Karksi_vallavalitsus, lk 108
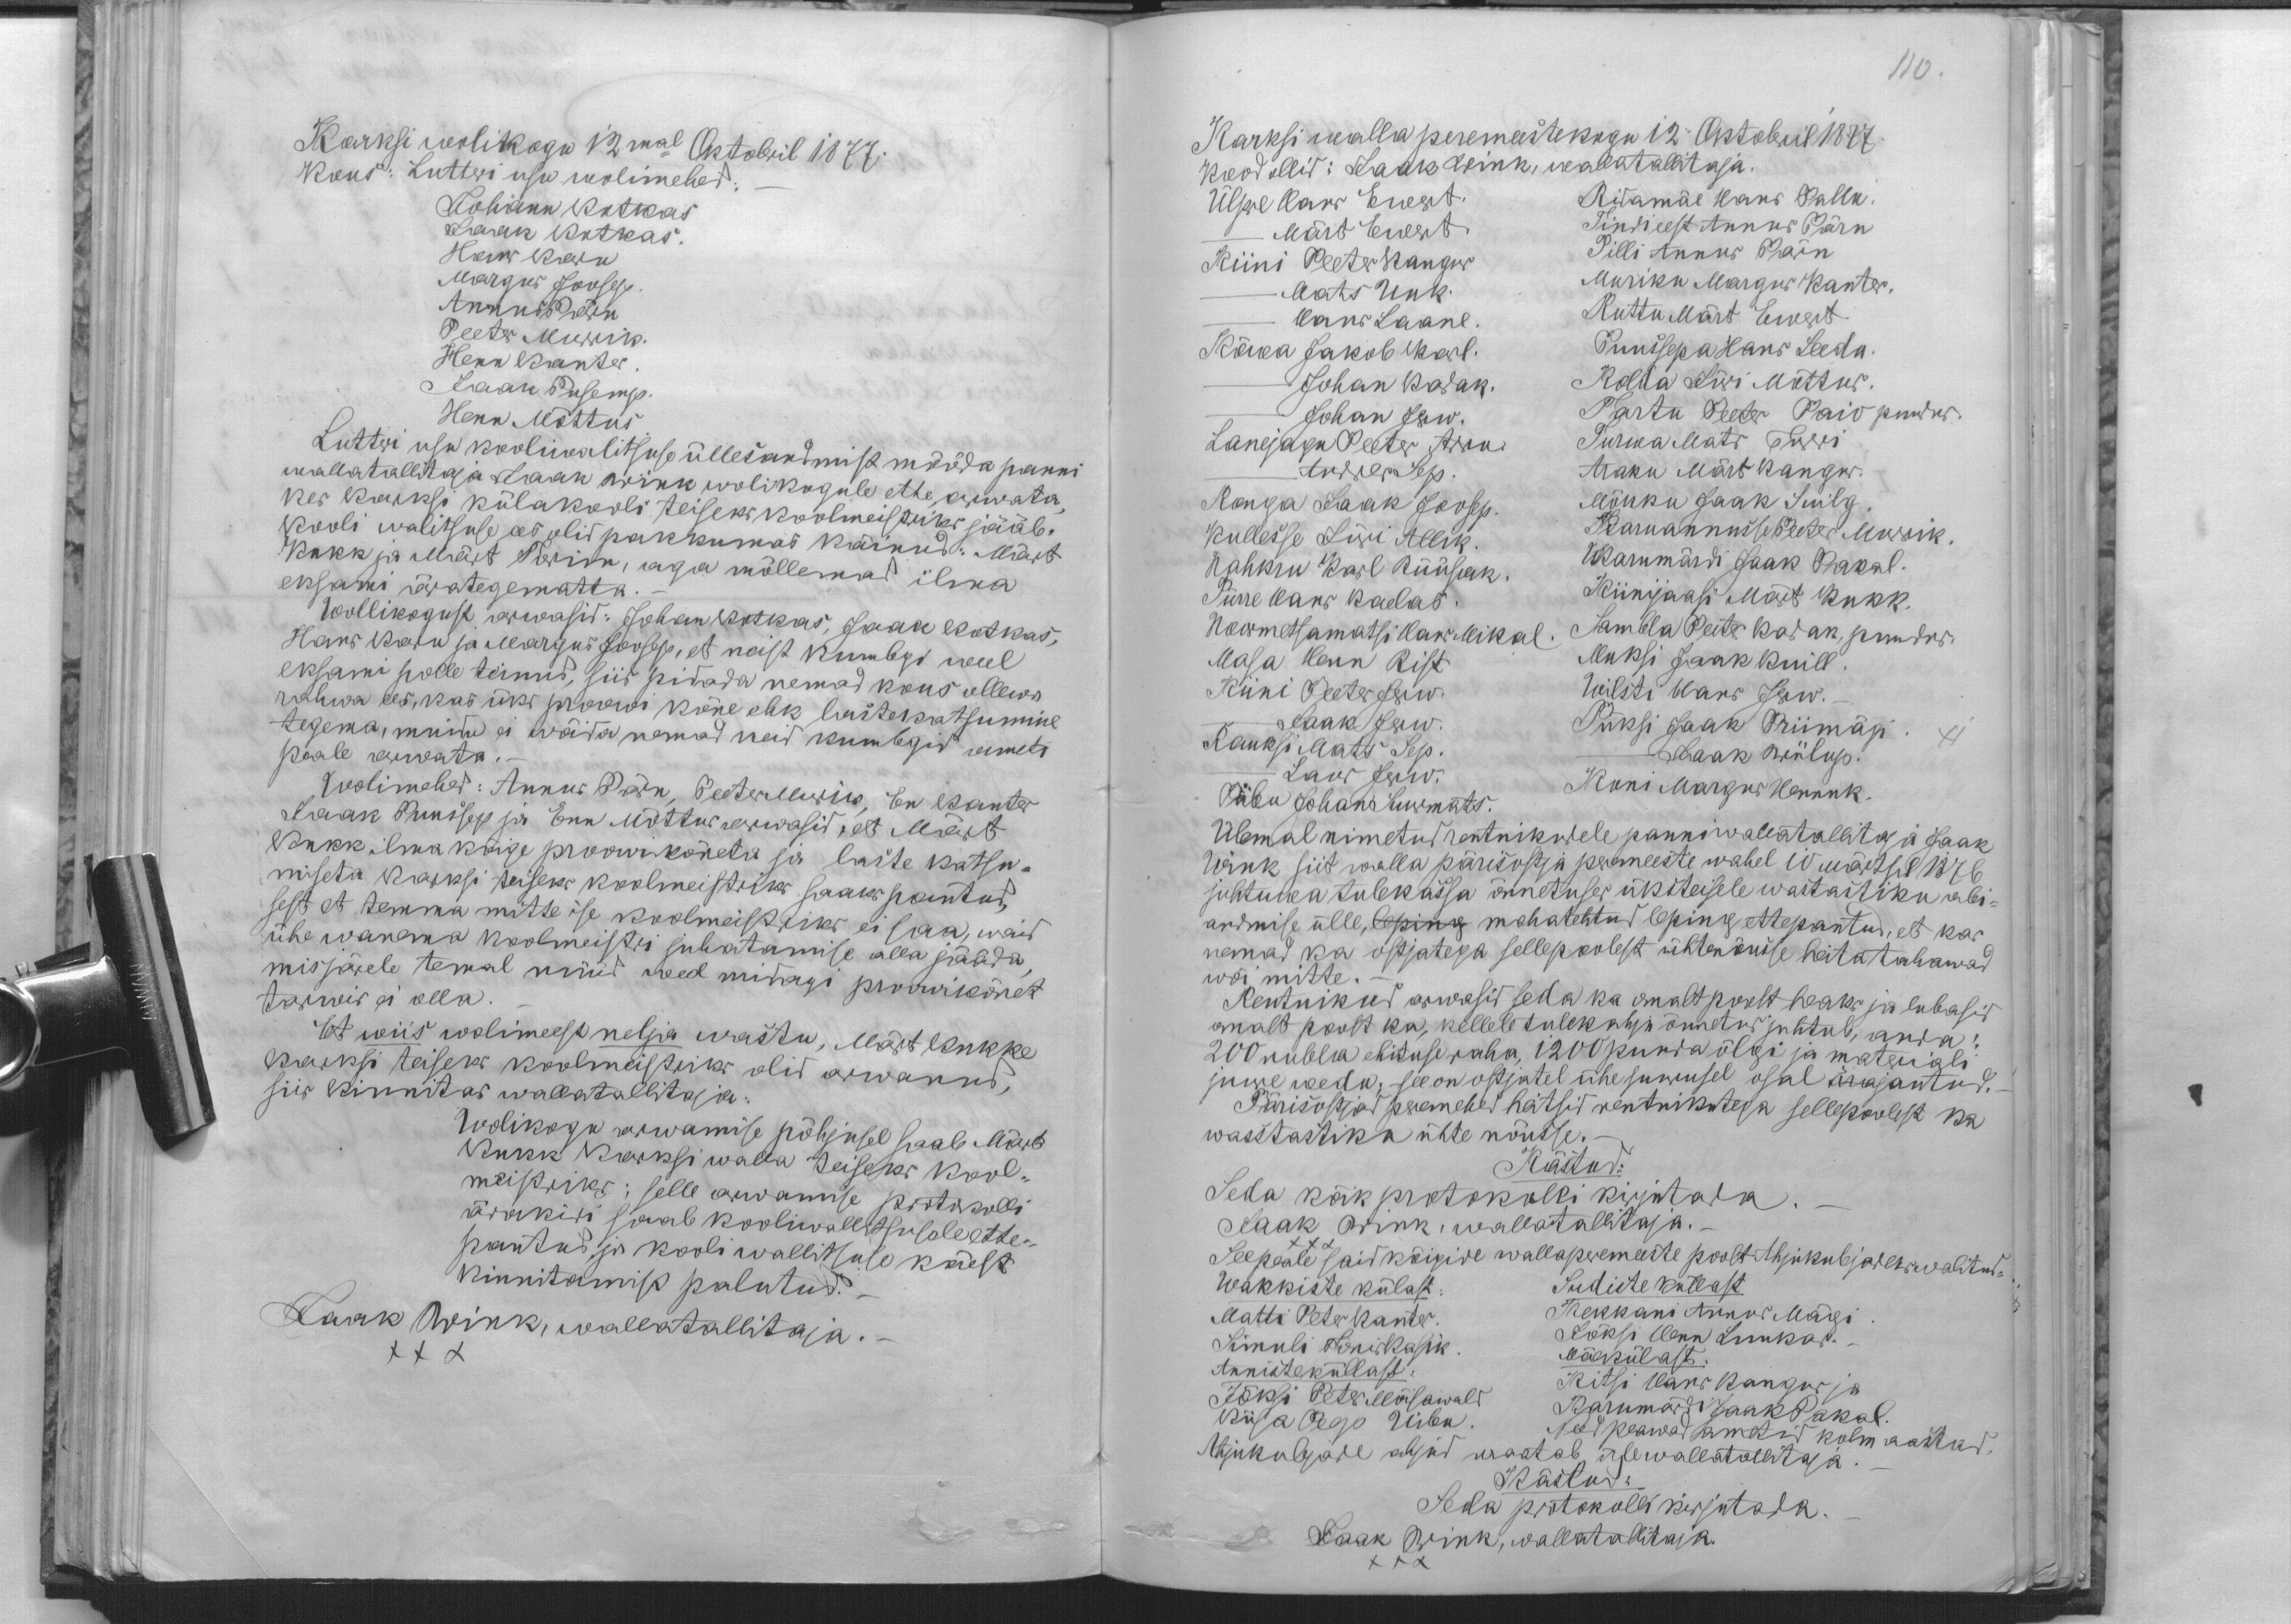
Karksi wolikogu 12mal Oktobril 1877.
Kous: Luttri usu wolimehed:
Johann Kotkas
Jaak Kotkas.
Hans Karu
Margus Joosep
Annus Pärn
Peetr Murrik
Henn Kanter
Jaan Pusemp
Henn Mõttus
Lutteri usu kooliwalitsuse üllesandmist mööda panni
wallatallitaja Jaak Wink wolikogule ette arwata
kes Karksi külakooli teiseks koolmeistriks jääb.
Kooli walitsuse ees olid pakkumas käinud: Märt
Kukk ja Märt Torim, aga mõllemad ilma
eksami ärategematta
Wollikogust arwasid: Johan Kotkas, Jaak Kotkas,
Hans Karu ja Margus Joosep, et neist kumbgi weel
eksami polle teinud, siis pidada nemad kous ollewa
rahwa ees, kas üks proowi kõne ehk lastekatsumine
tegema, muidu ei wõida nemad neid kumbgid ameti
peale arwata.
Wolimehed: Annus Pärn, PeeterMurrik, En Kanter
Jaak Puussep ja Enn Mõttus arwasid, et Märt
Kukk ilma kõige proowikõneta ja laste katsu-
miseta Karksi teiseks koolmeistriks saaks pantud,
sest et temma mitte ise koolmeistriks ei saa, waid
ühe wanema koolmeistri juhatamise alla jääda,
misjärele temal nüüd weel midagi proowikõnet
tarwis ei olla.
Et wiis wolimeest nelja wastu, Märt Kukke
Karksi teiseks koolmeistiks olid arwanud,
siis kinnitas wallatallitaja:
Wolikogu arwamise põhjusel saab Märt
Kukk Karksi walla teiseks kool-
meistriks; selle arwamise protokolli
ärakiri saab kooliwallitsusele ette-
pantud ja kooli wallitsuse käest
kinnitamist palutud.
Jaak Wink, wallatallitaja. -
XXX

110.
Karksi walla peremeestekogu 12. Oktobril 1877.
Kood ollid: Jaak Wink, wallatallitaja.
Ülpre Hans Ewert.
Ridamäe Hans Pallu.
- Märt Ewert.
Tindieest Annus Pärn
Riini Peeter Kangur
Pilli Annus Pärn
Mats Uuk.
Muriku Margus Kanter.
Hans Laane.
Ruttu Märt Ewert.
Kõwa Jakob Karl.
Puussepa Hans Leedu.
- Johan Kadak.
Kolda Jüri Mõttus
Johan Jerw.
Tartu Peeter Paio puudus.
Lanejagu Peeter Arro.
Turwa Mats Turri
- Andres Sep.
Araku Märt Kangur.
Ronga Jaak Joosep.
Mõnku Jaak Suilg
Kullesse Jüri Allik.
Karuannusse Peeter Murrik.
Nahkru Karl Rüüsak.
Karumärdi Jaak Pakal.
Pürre Hans Kaelas.
Kiinijaasi Märt Kukk.
Noormetsamatsi Hans Mikal
Sambla Peeter Kadak, puudus.
Masa Henn Rist
Muksi Jaak Kuill
Kiini Peeter Jerw.
Uilsti Hans Jerw.
Kauksi Mats Sep
Jaak Jerw
Püksi Jaak Priimägi
- Jaak Wiilup.
- Laur Jerw.
Piibu Johan Suurmats.
Koni Margus Hennuk.
Ülemal nimetud rentnikudele panni wallatallitaja Jaak
Wink siit walla pärisostja peremeeste wahel 10 märtsil 1876
juhtuwa tulekassa õnnetuses üksteisele wastastiku abi-
andmise ülle, leping mahatehtud leping ettepantud, et kas
nemad ka ostjatega sellepoolest ühtenõusse heita tahawad
wõi mitte.
Rentnikud arwasid seda ka omalt poolt heaks ja lubasid
omalt poolt ka, kellele tulekahju õnnetus juhtub, anda:
200 rubla ehituse raha, 1200 puuda õlgi ja materiali
juure wedu; see on ostjatel ühesuurusel osal ärajautud.
Pärisostjad peremehed heitsid rentnikutega sellepoolest ka
wasstastiku ühte nõusse
Kästud:
Seda kõik protokolli kirjutada.-
Jaak Wink, wallatallitaja.
XXX
Seepeale said kõigide wallaperemeeste poolt Ahjukubjaseks walitud-
Wakkiste külast:
Sudiste küllast
Matti Peter Kanter.
Kekkani Annus Mägi
Simuli Tonis Kasik
Jõksi Henn Luukas. -
Annisteküllast:
Mäekülast:
Jõksi Peter Mõisawald
Kitsi Hans Kangur ja
Karumärdi Jaak Pakal.
Kiisa Pego Uibu.
Need peawad ametid kolm aastad.
Ahjukubjade ahjud waatab üle wallatallitaja
Kästud:
Seda protokolli kirjutada.
Jaak Wink, wallatallitaja.
XXX